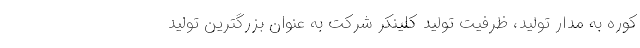
کوره به مدار تولید، ظرفیت تولید کلینکر شرکت به عنوان بزرگترین تولید